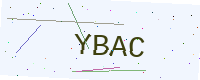
Text: YBAC